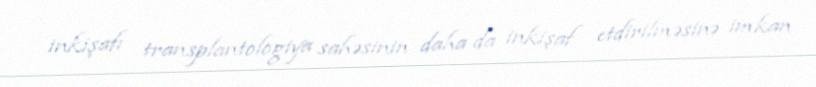
inkişafı transplantologiya sahəsinin daha da inkişaf etdirilməsinə imkan